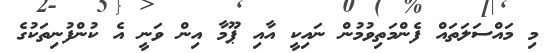
މި މައްސަލަތައް ފެންމަތިވުމުން ނައިކީ އާއި ޕޫމާ އިން ވަނީ އެ ކުންފުނިތަކުގެ